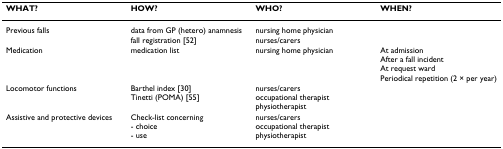
| WHAT? | HOW? | WHO? | WHEN? |
 | --- | --- | --- | --- |
 | Previous falls | data from GP (hetero) anamnesis fall registration [52] | nursing home physiciannurses/carers |  |
 | Medication | medication list | nursing home physician | At admission After a fall incident At request ward Periodical repetition (2 × per year) |
 | Locomotor functions | Barthel index [30]Tinetti (POMA) [55] | nurses/carersoccupational therapistphysiotherapist |  |
 | Assistive and protective devices | Check-list concerning- choice- use | nurses/carersoccupational therapistphysiotherapist |  |